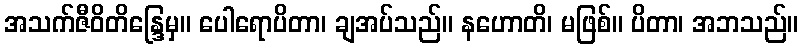
အသက်ဇီဝိတိန္ဒြေမှ။ ပေါရောပိတာ၊ ချအပ်သည်။ နဟောတိ၊ မဖြစ်။ ပိတာ၊ အဘသည်။